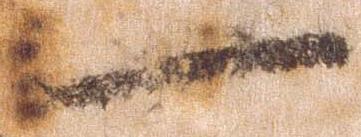
一